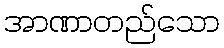
အာဏာတည်သော